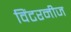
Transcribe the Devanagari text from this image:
विंटरनीज